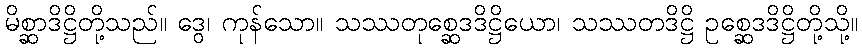
မိစ္ဆာဒိဋ္ဌိတို့သည်။ ဒွေ၊ ကုန်သော။ သဿတုစ္ဆေဒဒိဋ္ဌိယော၊ သဿတဒိဋ္ဌိ ဥစ္ဆေဒဒိဋ္ဌိတို့သို့။